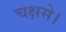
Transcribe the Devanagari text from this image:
चक्षसे।